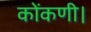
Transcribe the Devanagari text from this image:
कोंकणी।